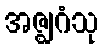
အဇ္ဈဂံသု